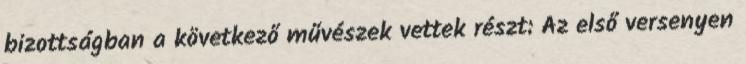
bizottságban a következő művészek vettek részt: Az első versenyen